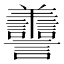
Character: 𦏯